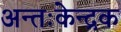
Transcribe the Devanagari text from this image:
अन्तःकेन्द्रक